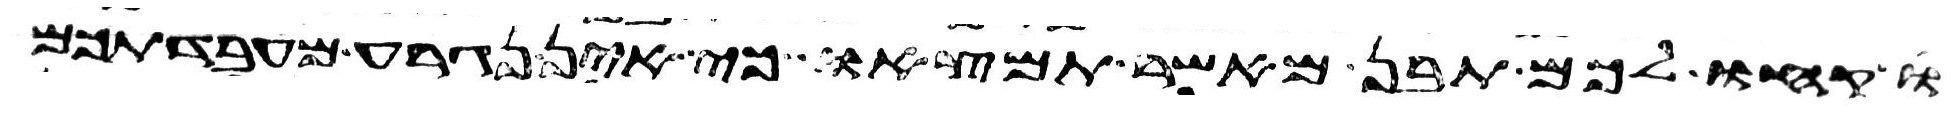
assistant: קחו לכם תבן מאשר תמצאו כי אין נגרע מעבדתכם